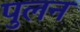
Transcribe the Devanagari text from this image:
पुलन